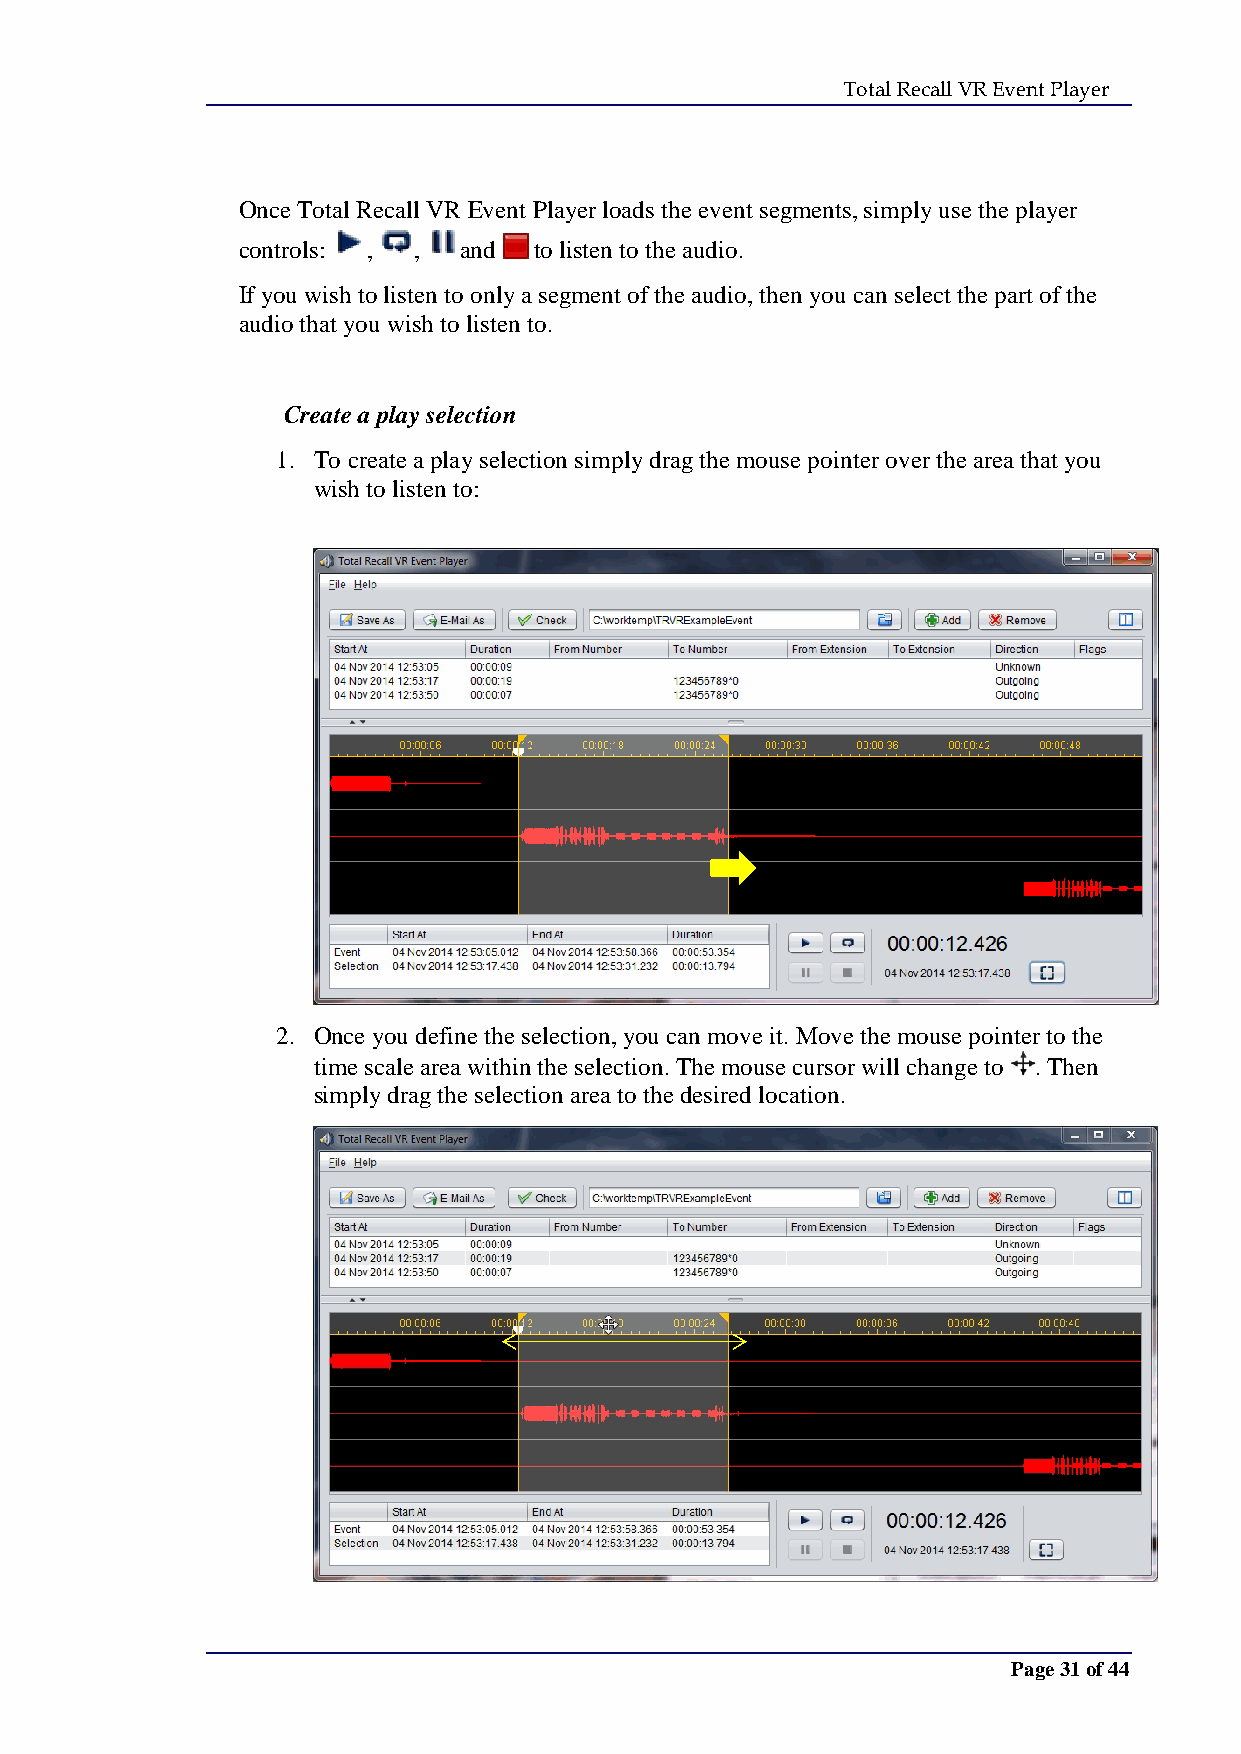
Total Recall VR Event Player
 Once Total Recall VR Event Player loads the event segments, simply use the player
 controls: , , and  to listen to the audio.
 If you wish to listen to only a segment of the audio, then you can select the part of the
 audio that you wish to listen to.
 Create a play selection
 1. To create a play selection simply drag the mouse pointer over the area that you
 wish to listen to:
 2. Once you define the selection, you can move it. Move the mouse pointer to the
 time scale area within the selection. The mouse cursor will change to . Then
 simply drag the selection area to the desired location.
 Page 31 of 44